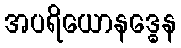
အပရိယောနဒ္ဓေန